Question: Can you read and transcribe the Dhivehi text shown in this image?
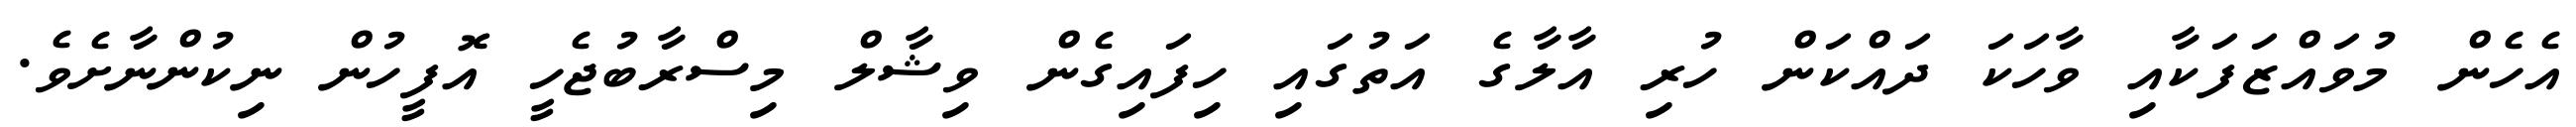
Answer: އެހެން މުވައްޒަފަކާއި ވާހަކަ ދައްކަން ހުރި އާލާގެ އަތުގައި ހިފައިގެން ވިޝާލް މިސްރާބުޖެހީ އޮފީހުން ނިކުންނާށެވެ.